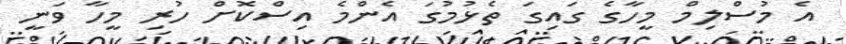
އެ މުސްލިމް މީހާގެ ގައިގަ ތެޅުމުގަ އެންމެ އިސްކޮށް ހުރި މީހާ ވަނީ